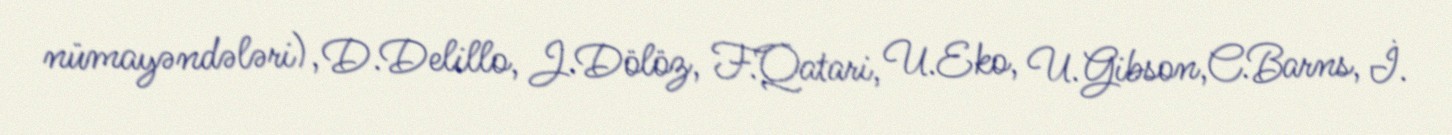
nümayəndələri), D.Delillo, J.Dölöz, F.Qatari, U.Eko, U.Gibson,C.Barns, İ.